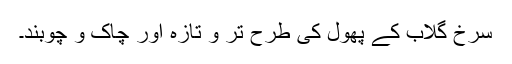
سرخ گلاب کے پھول کی طرح تر و تازہ اور چاک و چوبند۔